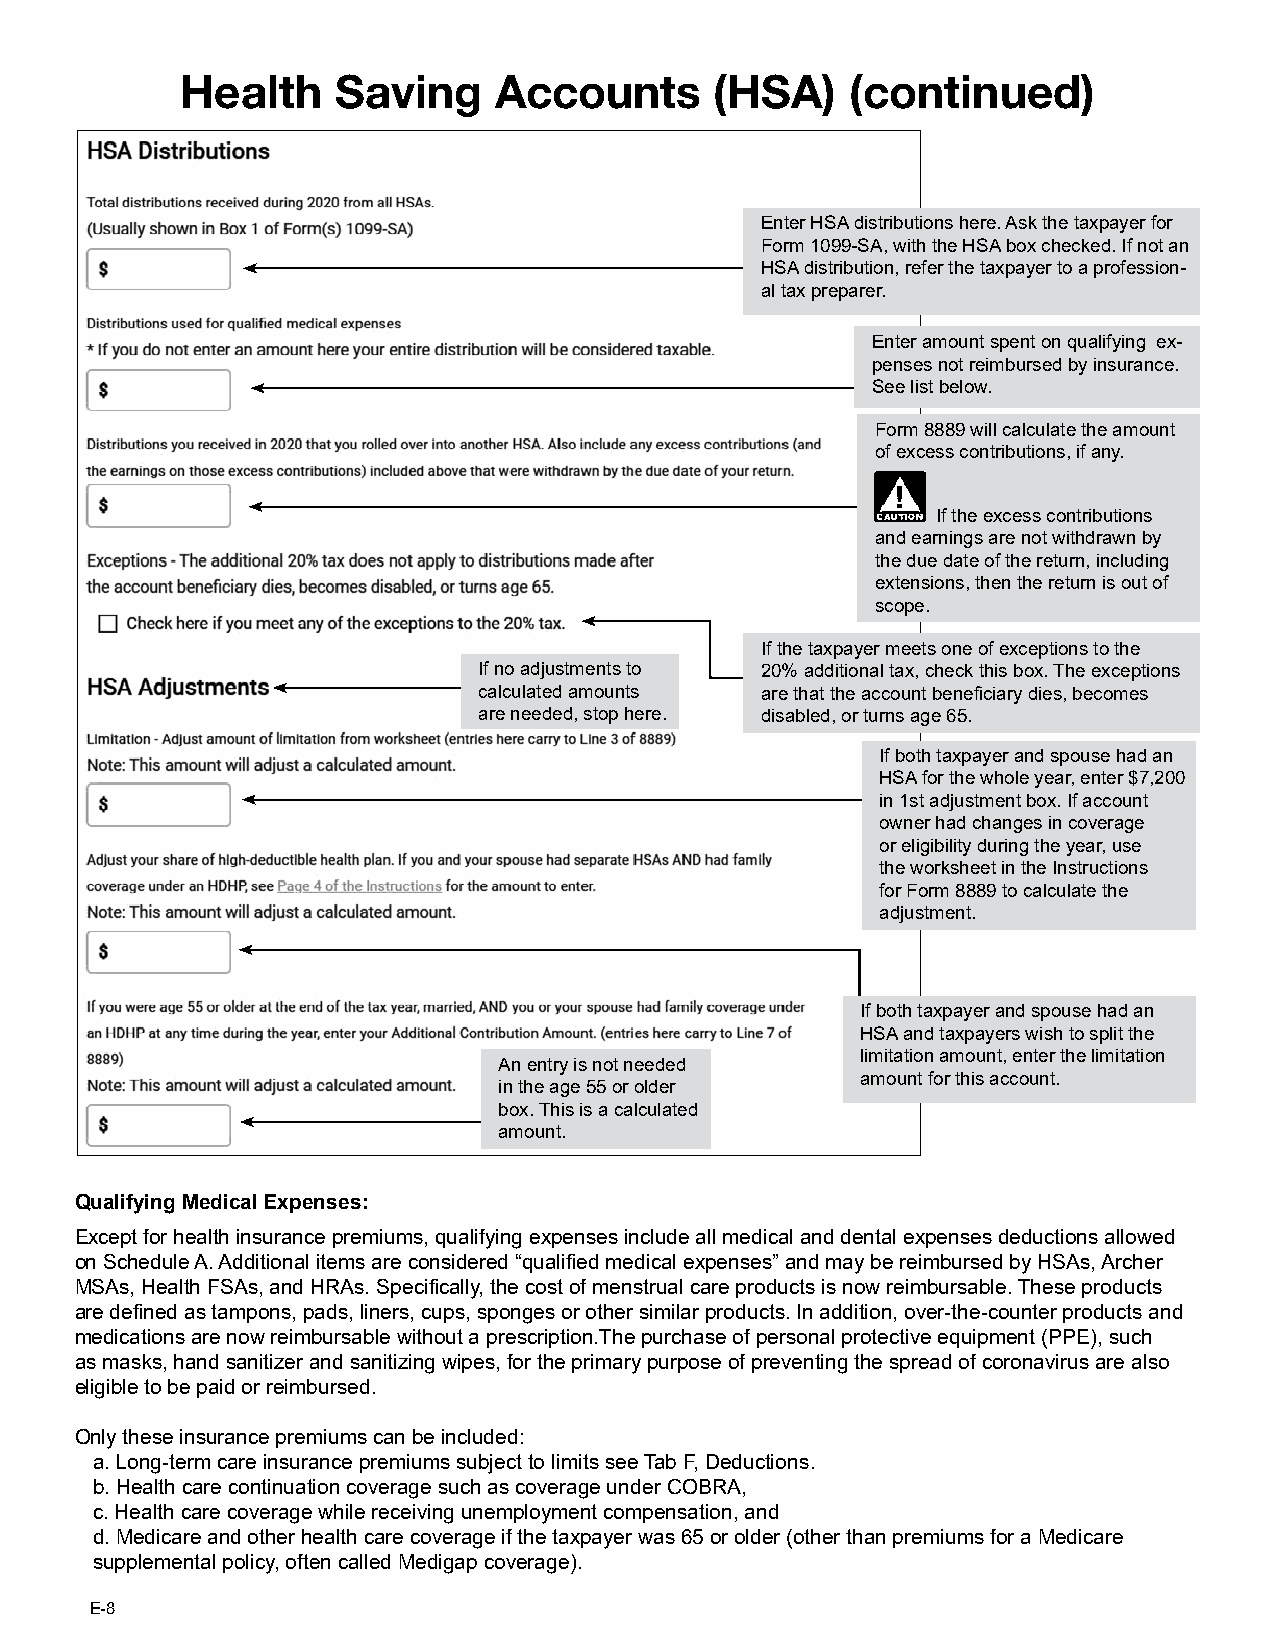
Health    Saving     Accounts      (HSA)    (continued)
 Enter HSA distributions here. Ask the taxpayer for
 Form 1099-SA, with the HSA box checked. If not an
 HSA distribution, refer the taxpayer to a profession-
 al tax preparer.
 Enter amount spent on qualifying ex-
 penses not reimbursed by insurance.
 See list below.
 Form 8889 will calculate the amount
 of excess contributions, if any.
 If the excess contributions
 and earnings are not withdrawn by
 the due date of the return, including
 extensions, then the return is out of
 scope.
 If the taxpayer meets one of exceptions to the
 If no adjustments to 20% additional tax, check this box. The exceptions
 calculated amounts are that the account beneficiary dies, becomes
 are needed, stop here. disabled, or turns age 65.
 If both taxpayer and spouse had an
 HSA for the whole year, enter $7,200
 in 1st adjustment box. If account
 owner had changes in coverage
 or eligibility during the year, use
 the worksheet in the Instructions
 for Form 8889 to calculate the
 adjustment.
 If both taxpayer and spouse had an
 HSA and taxpayers wish to split the
 limitation amount, enter the limitation
 An entry is not needed
 amount for this account.
 in the age 55 or older
 box. This is a calculated
 amount.
 Qualifying Medical Expenses:
 Except for health insurance premiums, qualifying expenses include all medical and dental expenses deductions allowed
 on Schedule A. Additional items are considered “qualified medical expenses” and may be reimbursed by HSAs, Archer
 MSAs, Health FSAs, and HRAs. Specifically, the cost of menstrual care products is now reimbursable. These products
 are defined as tampons, pads, liners, cups, sponges or other similar products. In addition, over-the-counter products and
 medications are now reimbursable without a prescription.The purchase of personal protective equipment (PPE), such
 as masks, hand sanitizer and sanitizing wipes, for the primary purpose of preventing the spread of coronavirus are also
 eligible to be paid or reimbursed.
 Only these insurance premiums can be included:
 a. Long-term care insurance premiums subject to limits see Tab F, Deductions.
 b. Health care continuation coverage such as coverage under COBRA,
 c. Health care coverage while receiving unemployment compensation, and
 d. Medicare and other health care coverage if the taxpayer was 65 or older (other than premiums for a Medicare
 supplemental policy, often called Medigap coverage).
 E-8